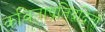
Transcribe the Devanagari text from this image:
कविताप्रतिद्वंद्विता